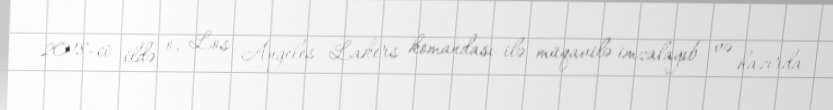
2018-ci ildə o, Los Angeles Lakers komandası ilə müqavilə imzalayıb və hazırda